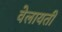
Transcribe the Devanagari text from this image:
वेलायती